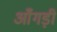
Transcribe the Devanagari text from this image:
आँगड़ी